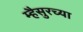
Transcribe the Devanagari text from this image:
म्हैसुरच्या